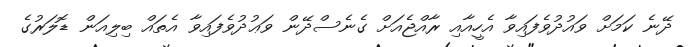
ދޭނެ ކަމަށް ވައުދުވެފައިވާ އެހީއާއި ރާއްޖެއަށް ގެނެސްދޭން ވަޢުދުވެފައިވާ އެތައް ބިލިއަން ޑޮލަރުގެ